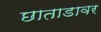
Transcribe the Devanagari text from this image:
छाताडावर